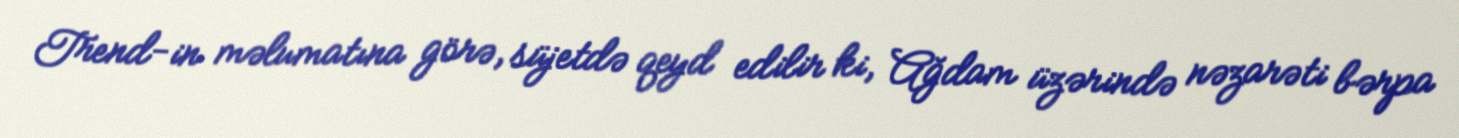
Trend-in məlumatına görə, süjetdə qeyd edilir ki, Ağdam üzərində nəzarəti bərpa